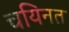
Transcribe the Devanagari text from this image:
चयिनत